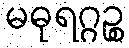
မဓုရဂ္ဂဉ္စ